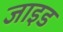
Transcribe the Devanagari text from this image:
जाइड